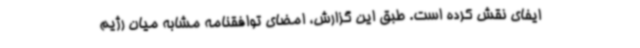
ایفای نقش کرده است. طبق این گزارش، امضای توافقنامه مشابه میان رژیم